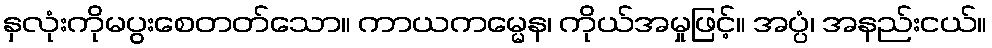
နှလုံးကိုမပွးစေတတ်သော။ ကာယကမ္မေန၊ ကိုယ်အမှုဖြင့်။ အပ္ပံ၊ အနည်းငယ်။